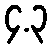
၄.၃